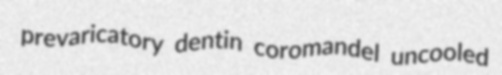
prevaricatory dentin coromandel uncooled